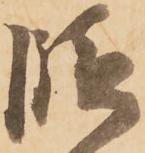
段